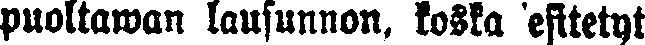
puoltawan lausunnon, koska esitetyt